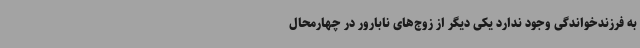
به فرزندخواندگی وجود ندارد یکی دیگر از زوج‌های نابارور در چهارمحال